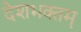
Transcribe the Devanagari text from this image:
देशभक्तम्